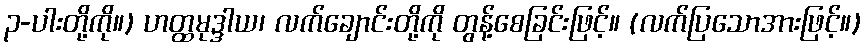
၃-ပါးတို့ကို။) ဟတ္ထမုဒ္ဒါယ၊ လက်ချောင်းတို့ကို တွန့်စေခြင်းဖြင့်။ (လက်ပြသောအားဖြင့်။)